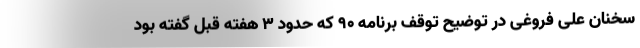
سخنان علی فروغی در توضیح توقف برنامه 90 که حدود 3 هفته قبل گفته بود